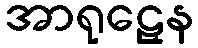
အာရုဠှေန